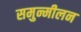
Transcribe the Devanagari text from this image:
समुन्मीलन